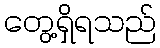
တွေ့ရှိရသည်